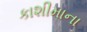
કાશીમાના